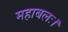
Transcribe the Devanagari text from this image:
महाबलः।